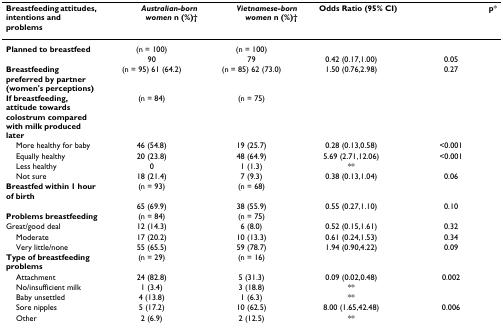
| Breastfeeding attitudes, intentions and problems | Australian-bornwomen n (%)† | Vietnamese-bornwomen n (%)† | Odds Ratio (95% CI) | p* |
 | --- | --- | --- | --- | --- |
 | Planned to breastfeed | (n = 100) | (n = 100) |  |  |
 |  | 90 | 79 | 0.42 (0.17,1.00) | 0.05 |
 | Breastfeeding preferred by partner (women's perceptions) | (n = 95) 61 (64.2) | (n = 85) 62 (73.0) | 1.50 (0.76,2.98) | 0.27 |
 | If breastfeeding, attitude towards colostrum compared with milk produced later | (n = 84) | (n = 75) |  |  |
 | More healthy for baby | 46 (54.8) | 19 (25.7) | 0.28 (0.13,0.58) | <0.001 |
 | Equally healthy | 20 (23.8) | 48 (64.9) | 5.69 (2.71,12.06) | <0.001 |
 | Less healthy | 0 | 1 (1.3) | ** |  |
 | Not sure | 18 (21.4) | 7 (9.3) | 0.38 (0.13,1.04) | 0.06 |
 | Breastfed within 1 hour of birth | (n = 93) | (n = 68) |  |  |
 |  | 65 (69.9) | 38 (55.9) | 0.55 (0.27,1.10) | 0.10 |
 | Problems breastfeeding | (n = 84) | (n = 75) |  |  |
 | Great/good deal | 12 (14.3) | 6 (8.0) | 0.52 (0.15,1.61) | 0.32 |
 | Moderate | 17 (20.2) | 10 (13.3) | 0.61 (0.24,1.53) | 0.34 |
 | Very little/none | 55 (65.5) | 59 (78.7) | 1.94 (0.90,4.22) | 0.09 |
 | Type of breastfeeding problems | (n = 29) | (n = 16) |  |  |
 | Attachment | 24 (82.8) | 5 (31.3) | 0.09 (0.02,0.48) | 0.002 |
 | No/insufficient milk | 1 (3.4) | 3 (18.8) | ** |  |
 | Baby unsettled | 4 (13.8) | 1 (6.3) | ** |  |
 | Sore nipples | 5 (17.2) | 10 (62.5) | 8.00 (1.65,42.48) | 0.006 |
 | Other | 2 (6.9) | 2 (12.5) | ** |  |